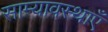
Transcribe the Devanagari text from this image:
साम्यावस्थाएँ